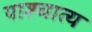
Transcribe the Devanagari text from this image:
पाश्‍चात्‍य